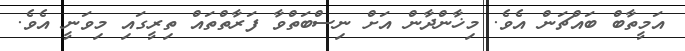
އަމީތާބް ބައްޗަން އެވެ. މިޚާންދާން އަށް ނިސްބަތްވާ ފަރާތްތައް ތިރީގައި މިވަނީ އެވެ.